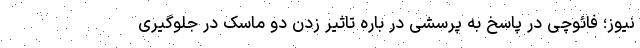
نیوز؛ فائوچی در پاسخ به پرسشی در باره تاثیر زدن دو ماسک در جلوگیری